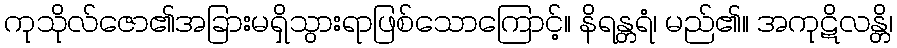
ကုသိုလ်ဇော၏အခြားမရှိသွားရာဖြစ်သောကြောင့်။ နိရန္တရံ၊ မည်၏။ အကုဋိလန္တိ၊